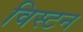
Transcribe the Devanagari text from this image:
विस्टन